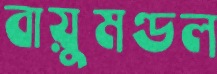
বায়ুমণ্ডল